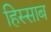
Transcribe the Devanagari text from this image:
हिस्साब